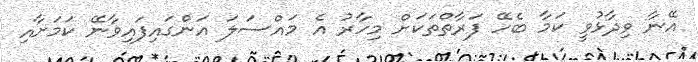
އޭނާ ވިދާޅުވީ ކަމާ ބެހޭ ފަރާތްތަކަށް މިހާރު އެ މައްސަލަ އަންގައިފައިވާނޭ ކަމަށާއި